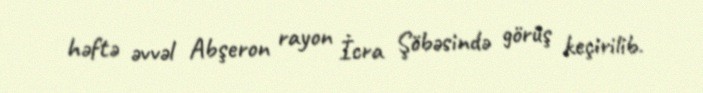
həftə əvvəl Abşeron rayon İcra Şöbəsində görüş keçirilib.